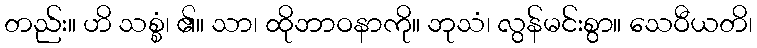
တည်း။ ဟိ သစ္စံ၊ ၏။ သာ၊ ထိုဘာဝနာကို။ ဘုသံ၊ လွန်မင်းစွာ။ သေဝီယတိ၊